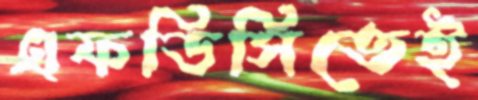
এফডিসিতেই